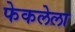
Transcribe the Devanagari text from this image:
फेकलेला